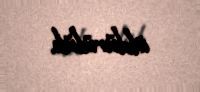
öldürülüb.